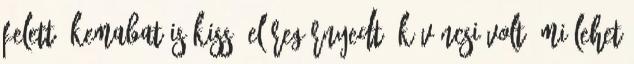
felett, Kemabat is kissé előregörnyedt. Kíváncsi volt, mi lehet